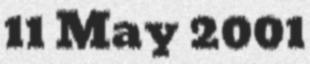
11 May 2001